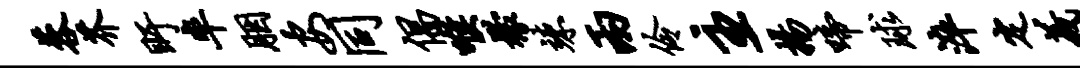
蓉芥盱率胭安同倡喉檬竦两伶主扬啼球淬定义